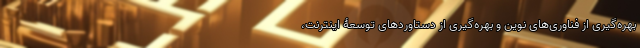
بهره‌گیری از فناوری‌های نوین و بهره‌گیری از دستاوردهای توسعۀ اینترنت،